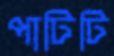
পাটিটি